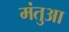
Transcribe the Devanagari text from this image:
मंतुआ